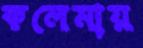
কলেমায়